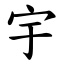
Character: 宇